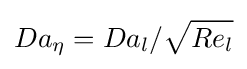
Da_{\eta }=Da_{l}/{\sqrt {Re_{l}}}